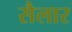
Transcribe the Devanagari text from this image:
सैलार